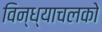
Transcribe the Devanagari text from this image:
विन्ध्याचलको